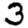
Digit: 3